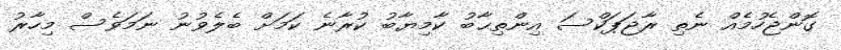
ގޮންޖެހުމެއް ނެތި ރާޖަޕަކްސަ އިންތިޙާބު ކާމިޔާބު ކުރާނެ ކަމަށް ބެލެވުނު ނަމަވެސް މިހާރު